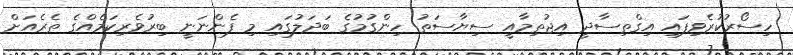
ހިސޯރުކުރެވިފައި އިގްތިސާދީ އިޖުތިމާއީ ސިޔާސަތު ހިންގުމުގެ ބަދަލުގައި މި ފެންނަނީ ބިރުވެރިކަމެއްގެ ތެރެއަށް